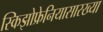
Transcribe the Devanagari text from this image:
स्किझोफ्रेनियासारख्या